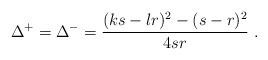
LaTeX: \begin{align*}\Delta ^{+}=\Delta ^{-}=\displaystyle\frac{(ks-lr)^{2}-(s-r)^{2}}{4sr}\, \, .\end{align*}